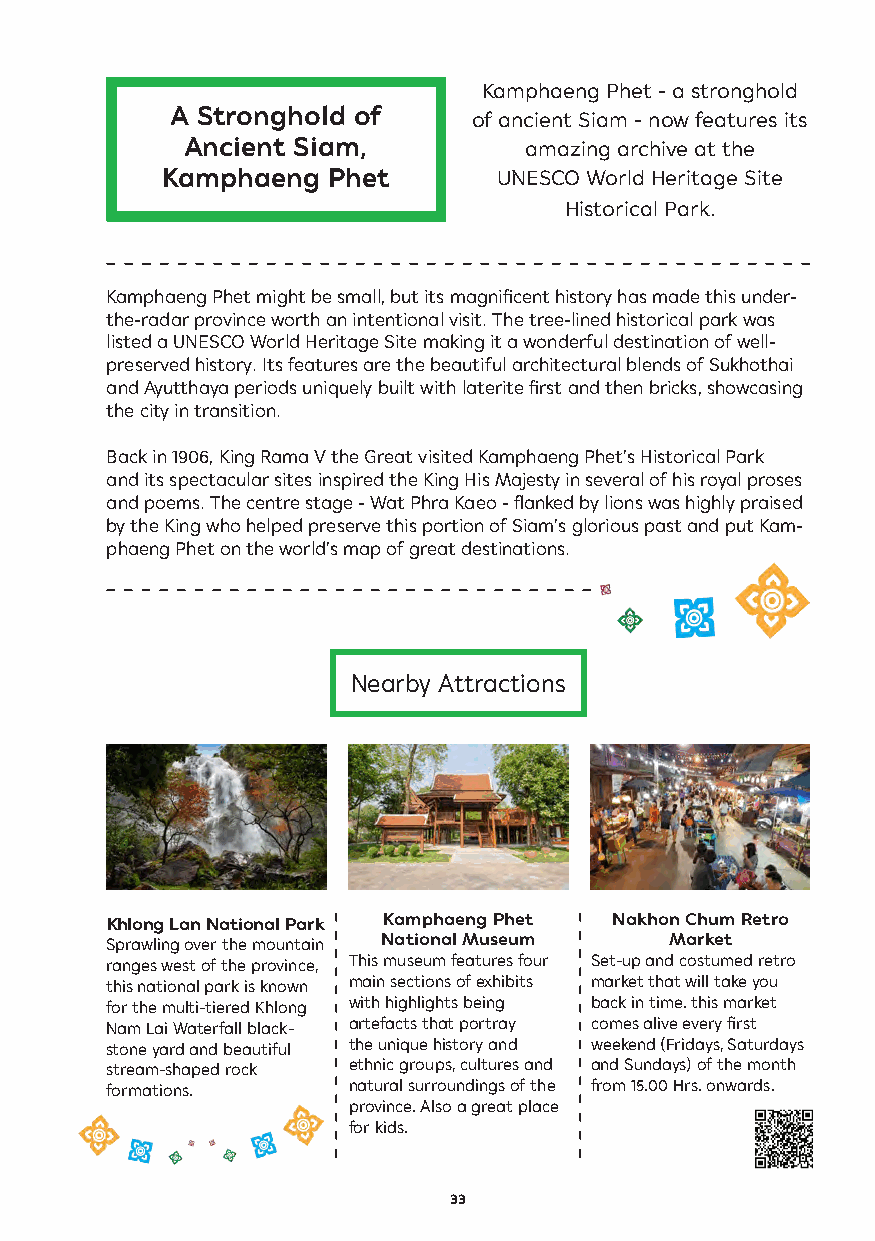
Kamphaeng Phet - a stronghold
 A Stronghold of     of ancient Siam - now features its
 Ancient Siam,          amazing archive at the
 Kamphaeng  Phet       UNESCO World Heritage Site
 Historical Park.
 Kamphaeng Phet might be small, but its magnificent history has made this under-
 the-radar province worth an intentional visit. The tree-lined historical park was
 listed a UNESCO World Heritage Site making it a wonderful destination of well-
 preserved history. Its features are the beautiful architectural blends of Sukhothai
 and Ayutthaya periods uniquely built with laterite first and then bricks, showcasing
 the city in transition.
 Back in 1906, King Rama V the Great visited Kamphaeng Phet’s Historical Park
 and its spectacular sites inspired the King His Majesty in several of his royal proses
 and poems. The centre stage - Wat Phra Kaeo - flanked by lions was highly praised
 by the King who helped preserve this portion of Siam’s glorious past and put Kam-
 phaeng Phet on the world’s map of great destinations.
 Nearby Attractions
 Khlong Lan National Park Kamphaeng Phet Nakhon Chum Retro
 Sprawling over the mountain National Museum Market
 ranges west of the province, This museum features four Set-up and costumed retro
 this national park is known main sections of exhibits market that will take you
 for the multi-tiered Khlong with highlights being back in time. this market
 Nam Lai Waterfall black- artefacts that portray comes alive every first
 stone yard and beautiful the unique history and weekend (Fridays, Saturdays
 stream-shaped rock ethnic groups, cultures and and Sundays) of the month
 formations.     natural surroundings of the from 15.00 Hrs. onwards.
 province. Also a great place
 for kids.
 33